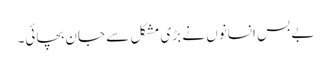
بے بس انسانوں نے بڑی مشکل سے جان بچائی۔